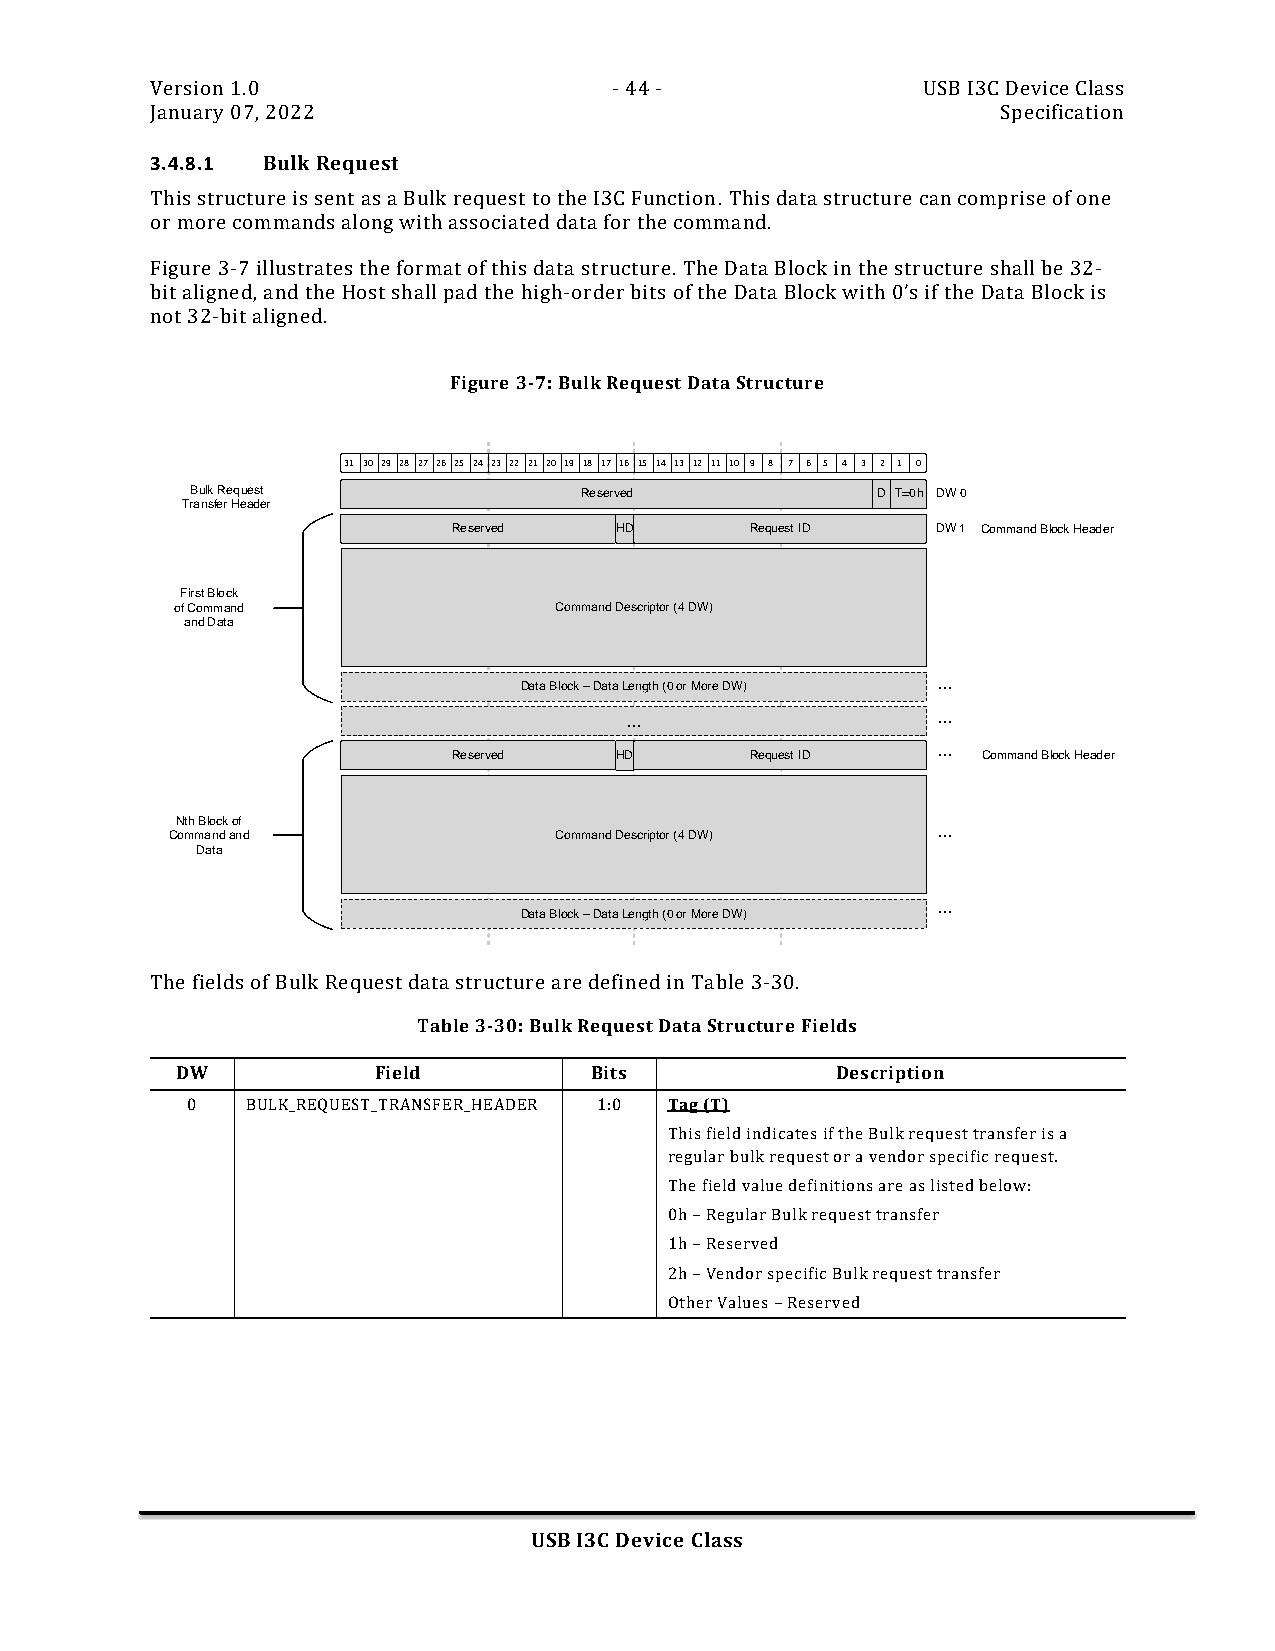
Version 1.0                    - 44 -              USB I3C Device Class
 January 07, 2022                                        Specification
 3.4.8.1 Bulk Request
 This structure is sent as a Bulk request to the I3C Function. This data structure can comprise of one
 or more commands along with associated data for the command.
 Figure 3-7 illustrates the format of this data structure. The Data Block in the structure shall be 32-
 bit aligned, and the Host shall pad the high-order bits of the Data Block with 0’s if the Data Block is
 not 32-bit aligned.
 Figure 3-7: Bulk Request Data Structure
 31 30 29 28 27 26 25 24 23 22 21 20 19 18 17 16 15 14 13 12 11 10 9 8 7 6 5 4 3 2 1 0
 Bulk Request             Reserved            D T=0h DW 0
 Transfer Header
 Reserved   HD       Request ID  DW 1 Command Block Header
 First Block
 of Command               Command Descriptor (4 DW)
 and Data
 ...
 Data Block – Data Length (0 or More DW)
 ...                  ...
 ...
 Reserved   HD       Request ID     Command Block Header
 Nth Block of
 Command and               Command Descriptor (4 DW) ...
 Data
 ...
 Data Block – Data Length (0 or More DW)
 The fields of Bulk Request data structure are defined in Table 3-30.
 Table 3-30: Bulk Request Data Structure Fields
 DW           Field         Bits            Description
 0   BULK_REQUEST_TRANSFER_HEADER 1:0 Tag (T)
 This field indicates if the Bulk request transfer is a
 regular bulk request or a vendor specific request.
 The field value definitions are as listed below:
 0h – Regular Bulk request transfer
 1h – Reserved
 2h – Vendor specific Bulk request transfer
 Other Values – Reserved
 USB I3C Device Class